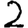
Digit: 2